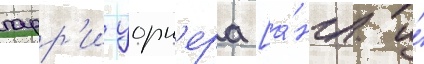
гарр'и уорн'ера [а́нгл. и́